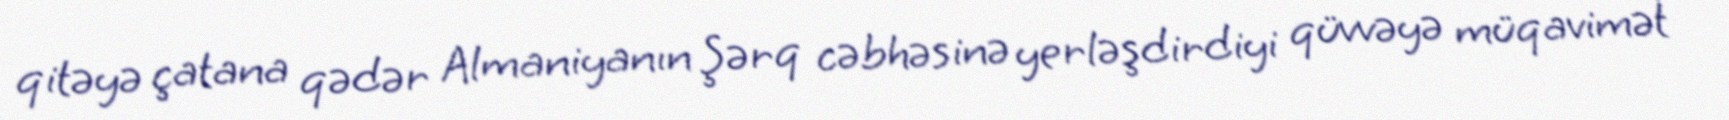
qitəyə çatana qədər Almaniyanın Şərq cəbhəsinə yerləşdirdiyi qüvvəyə müqavimət